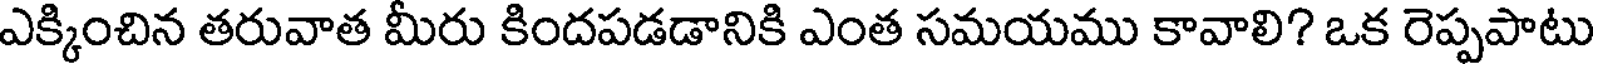
ఎక్కించిన తరువాత మీరు కిందపడడానికి ఎంత సమయము కావాలి? ఒక రెప్పపాటు